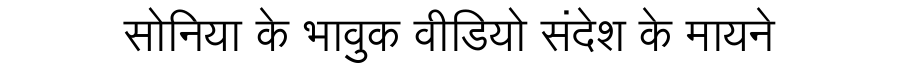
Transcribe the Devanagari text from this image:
सोनिया के भावुक वीडियो संदेश के मायने